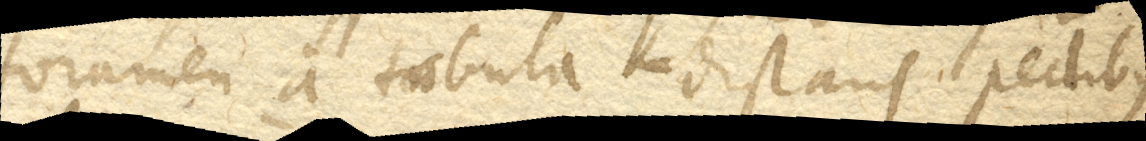
foramen a tabula distans pedibus